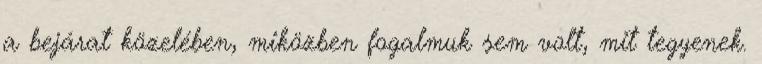
a bejárat közelében, miközben fogalmuk sem volt, mit tegyenek.